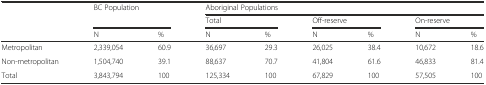
<table><thead><tr><td rowspan="3"></td><td rowspan="2" colspan="2"><b>BC Population</b></td><td colspan="6"><b>Aboriginal Populations</b></td></tr><tr><td colspan="2"><b>Total</b></td><td colspan="2"><b>Off-reserve</b></td><td colspan="2"><b>On-reserve</b></td></tr><tr><td><b>N</b></td><td><b>%</b></td><td><b>N</b></td><td><b>%</b></td><td><b>N</b></td><td><b>%</b></td><td><b>N</b></td><td><b>%</b></td></tr></thead><tbody><tr><td>Metropolitan</td><td>2,339,054</td><td>60.9</td><td>36,697</td><td>29.3</td><td>26,025</td><td>38.4</td><td>10,672</td><td>18.6</td></tr><tr><td>Non-metropolitan</td><td>1,504,740</td><td>39.1</td><td>88,637</td><td>70.7</td><td>41,804</td><td>61.6</td><td>46,833</td><td>81.4</td></tr><tr><td>Total</td><td>3,843,794</td><td>100</td><td>125,334</td><td>100</td><td>67,829</td><td>100</td><td>57,505</td><td>100</td></tr></tbody></table>